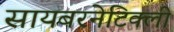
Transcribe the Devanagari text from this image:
सायबरनेटिक्ली